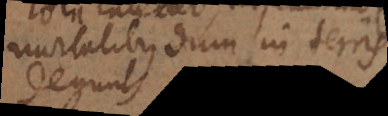
mortalibus dum in terris